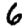
Digit: 6